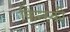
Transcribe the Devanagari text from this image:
किन्स्की